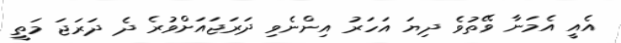
އެއީ އެމަނާ ވޭތުވެ ދިޔަ އަހަރު އިންނެވި ދަރަޖައަށްވުރެ ދެ ދަރަޖަ މަތީ